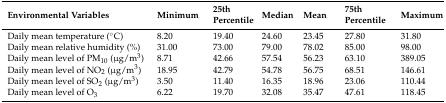
<table><thead><tr><td><b>Environmental Variables</b></td><td><b>Minimum</b></td><td><b>25th Percentile</b></td><td><b>Median</b></td><td><b>Mean</b></td><td><b>75th Percentile</b></td><td><b>Maximum</b></td></tr></thead><tbody><tr><td>Daily mean temperature (°C)</td><td>8.20</td><td>19.40</td><td>24.60</td><td>23.45</td><td>27.80</td><td>31.80</td></tr><tr><td>Daily mean relative humidity (%)</td><td>31.00</td><td>73.00</td><td>79.00</td><td>78.02</td><td>85.00</td><td>98.00</td></tr><tr><td>Daily mean level of PM<sub>10</sub> (μg/m<sup>3</sup>)</td><td>8.71</td><td>42.66</td><td>57.54</td><td>56.23</td><td>63.10</td><td>389.05</td></tr><tr><td>Daily mean level of NO<sub>2</sub> (μg/m<sup>3</sup>)</td><td>18.95</td><td>42.79</td><td>54.78</td><td>56.75</td><td>68.51</td><td>146.61</td></tr><tr><td>Daily mean level of SO<sub>2</sub> (μg/m<sup>3</sup>)</td><td>3.50</td><td>11.40</td><td>16.35</td><td>18.96</td><td>23.06</td><td>110.44</td></tr><tr><td>Daily mean level of O<sub>3</sub></td><td>6.22</td><td>19.70</td><td>32.08</td><td>35.47</td><td>47.61</td><td>118.45</td></tr></tbody></table>